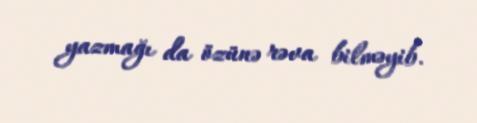
yazmağı da özünə rəva bilməyib.